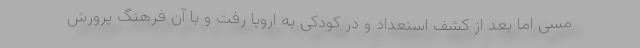
مسی اما بعد از کشف استعداد و در کودکی به اروپا رفت و با آن فرهنگ پرورش